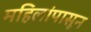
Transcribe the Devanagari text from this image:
महिलांपासून